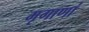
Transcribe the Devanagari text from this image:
मृगाणां